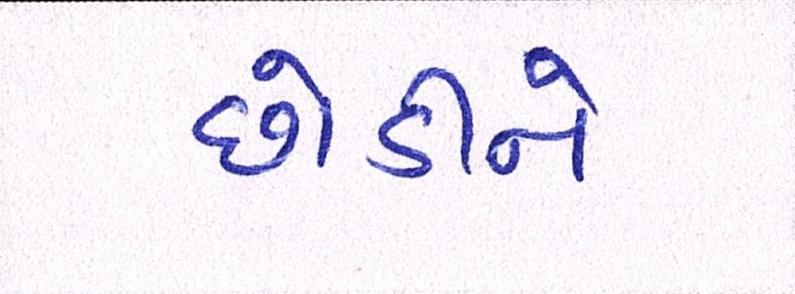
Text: છોડીને